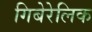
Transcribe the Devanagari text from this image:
गिबेरेलिक